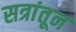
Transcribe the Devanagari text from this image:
सत्रांतून